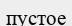
пустое